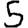
Digit: 5